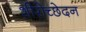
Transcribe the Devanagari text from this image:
शीरोच्छेदन